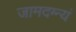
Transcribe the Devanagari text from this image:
जामदग्न्यं